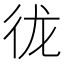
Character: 𪫌